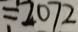
= 2 0 7 2